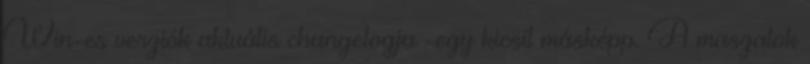
Win-es verziók aktuális changelogja -egy kicsit másképp. A maszatok